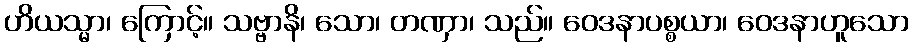
ဟိယသ္မာ၊ ကြောင့်။ သဗ္ဗာနိ၊ သော၊ တဏှာ၊ သည်။ ဝေဒနာပစ္စယာ၊ ဝေဒနာဟူသော